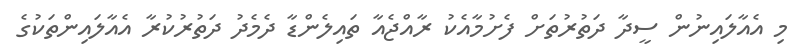
މި އެއާލައިނުން ސީދާ ދަތުރުތަށް ފެށުމާއެކު ރާއްޖެއާ ތައިލެންޑާ ދެމެދު ދަތުރުކުރާ އެއާލައިންތަކުގެ